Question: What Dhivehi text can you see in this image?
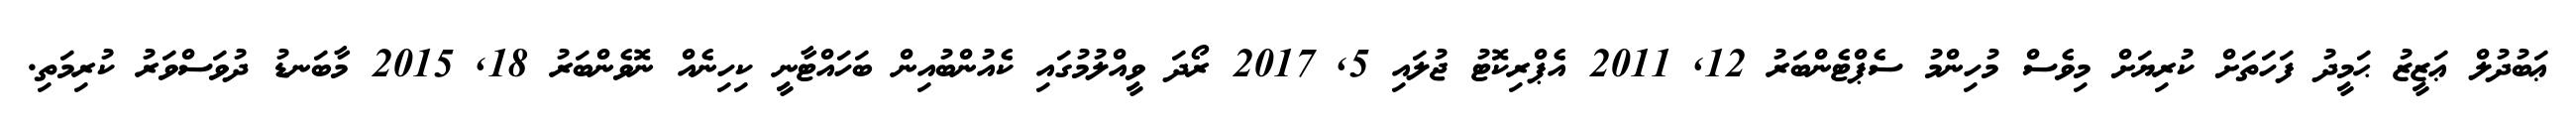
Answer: ޢަބުދުލް ޢަޒީޒު ޙަމީދު ފަހަތަށް ކުރިޔަށް މިވެސް މުހިންމު ސެޕްޓެންބަރު 12, 2011 އެޕްރިކޮޓު ޖުލައި 5, 2017 ރޯދަ ވީއްލުމުގައި ކެއުންބުއިން ބަހައްޓާނީ ކިހިނެއް ނޮވެންބަރު 18, 2015 މާބަނޑު ދުވަސްވަރު ކުރިމަތި.